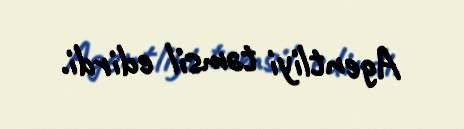
Agentliyi təmsil edirdi.